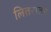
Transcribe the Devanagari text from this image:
लितरातर